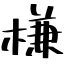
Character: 槏